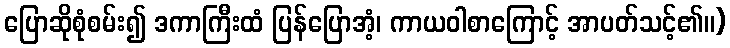
ပြောဆိုစုံစမ်း၍ ဒကာကြီးထံ ပြန်ပြောအံ့၊ ကာယဝါစာကြောင့် အာပတ်သင့်၏။)